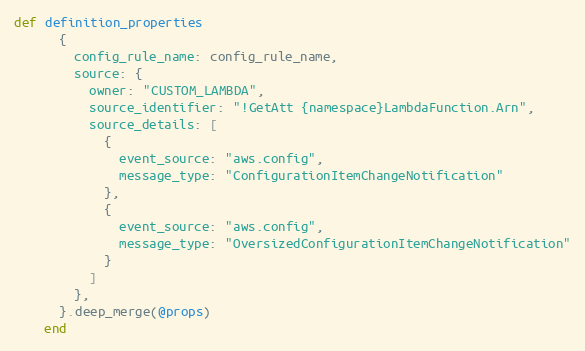
Language: Ruby
def definition_properties
      {
        config_rule_name: config_rule_name,
        source: {
          owner: "CUSTOM_LAMBDA",
          source_identifier: "!GetAtt {namespace}LambdaFunction.Arn",
          source_details: [
            {
              event_source: "aws.config",
              message_type: "ConfigurationItemChangeNotification"
            },
            {
              event_source: "aws.config",
              message_type: "OversizedConfigurationItemChangeNotification"
            }
          ]
        },
      }.deep_merge(@props)
    end